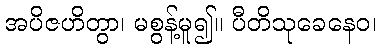
အပိဇဟိတွာ၊ မစွန့်မူ၍။ ပီတိသုခေနေဝ၊